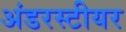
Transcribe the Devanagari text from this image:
अंडरस्टीयर